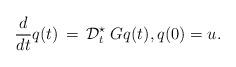
LaTeX: \begin{align*}\frac{d}{dt} q(t) \, = \,\mathcal{D}_t^\star \;G q(t), q(0) = u.\end{align*}